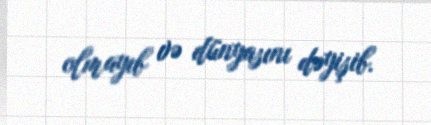
olmayıb və dünyasını dəyişib.